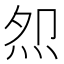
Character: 𭴕